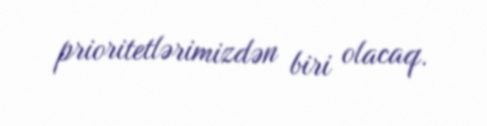
prioritetlərimizdən biri olacaq.